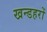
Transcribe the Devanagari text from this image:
खन्डहरों